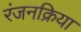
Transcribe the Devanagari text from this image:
रंजनक्रिया